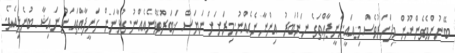
ބޭނުންވެގެންނޫން މިފަހަރުވެސް މިއައީ.ހަނީފާއްތަގެ ނަންބަރު އިންނާނެއެއްނު.މިރަށަށް ނަޔަސް ޚަބަރުވެވޭނެއެއްނު.ގުޅާނަން ހަނީފާއްތައަށް ނައިޝާ ބުނެލިއެވެ.